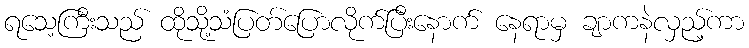
ရသေ့ကြီးသည် ထိုသို့သံပြတ်ပြောလိုက်ပြီးနောက် နေရာမှ ချာကနဲလှည့်ကာ